Civil Veterinary Dept. Bombay admin report 1900-1906 - 1900-1906
Year: 1900
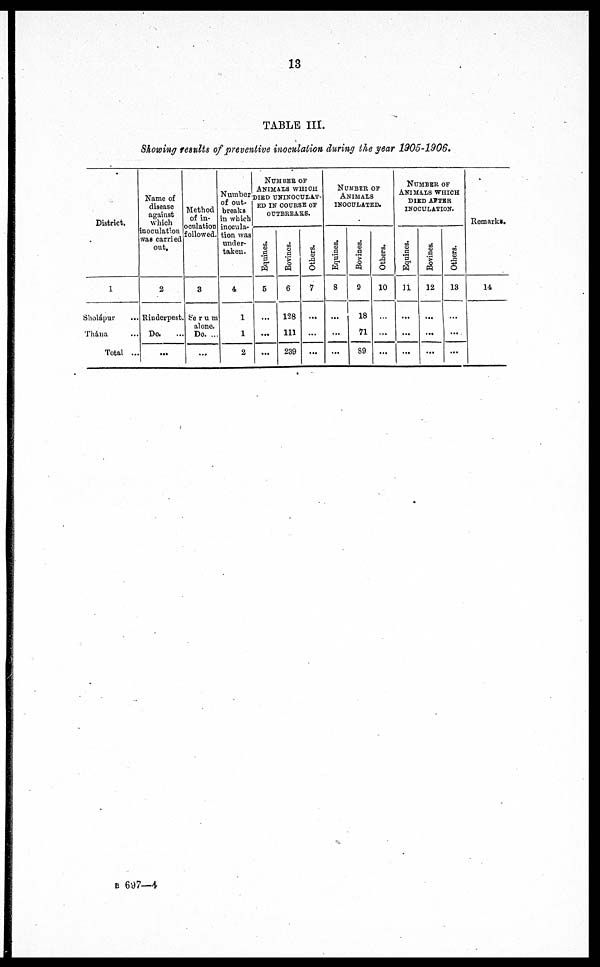
13
TABLE III.
Showing results of preventive inoculation during the year 1905-1906.
District.
1
Sholápur ...
Thána ...
Total ...
Name of
disease
against
which
inoculation
was carried
out.
2
Rinderpest.
Do. ...
...
Method
of in-
oculation
followed.
3
Serum
alone.
Do. ...
...
Number
of out-
breaks
in which
inocula-
tion was
under-
taken.
4
1
1
2
NUMBER OF
ANIMALS WHICH
DIED UNINOCULAT-
ED IN COURSE OF
OUTBREAKS.
Equines.
5
...
...
...
Bovines.
6
128
111
239
Others.
7
...
...
...
NUMBER OF
ANIMALS
INOCULATED.
Equines.
8
...
...
...
Bovines.
9
18
71
89
Others.
10
...
...
...
NUMBER OF
ANIMALS WHICH
DIED AFTER
INOCULATION.
Equines.
11
...
...
...
Bovines.
12
...
...
...
Others.
13
...
...
...
Remarks.
14
B 697—4